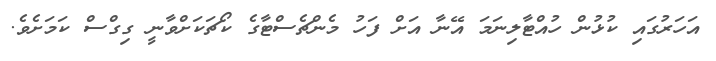
އަހަރުގައި ކުޅުން ހުއްޓާލިނަމަ އޭނާ އަށް ފަހު މެންޗެސްޓާގެ ކޯޗަކަށްވާނީ ގިގްސް ކަމަށެވެ.